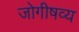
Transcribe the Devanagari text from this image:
जोगीषव्य